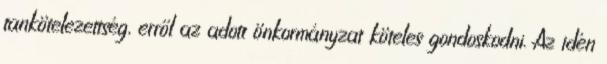
tankötelezettség, erről az adott önkormányzat köteles gondoskodni. Az idén